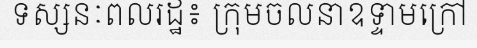
ទស្សនៈពលរដ្ឋ៖ ក្រុមចលនាឧទ្ទាមក្រៅ